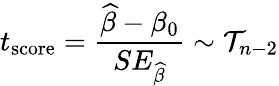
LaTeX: t_{\mathrm{score}}={\frac{{\widehat{\beta}}-\beta_{0}}{SE_{\widehat{\beta}}}}\sim{\mathcal{T}}_{n-2}